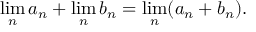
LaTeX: \operatorname* { l i m } _ { n } a _ { n } + \operatorname* { l i m } _ { n } b _ { n } = \operatorname* { l i m } _ { n } ( a _ { n } + b _ { n } ) .